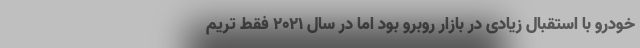
خودرو با استقبال زیادی در بازار روبرو بود اما در سال 2021 فقط تریم